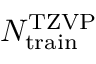
N _ { \mathrm { t r a i n } } ^ { \mathrm { T Z V P } }